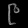
Digit: ၉